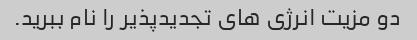
دو مزیت انرژی های تجدیدپذیر را نام ببرید.